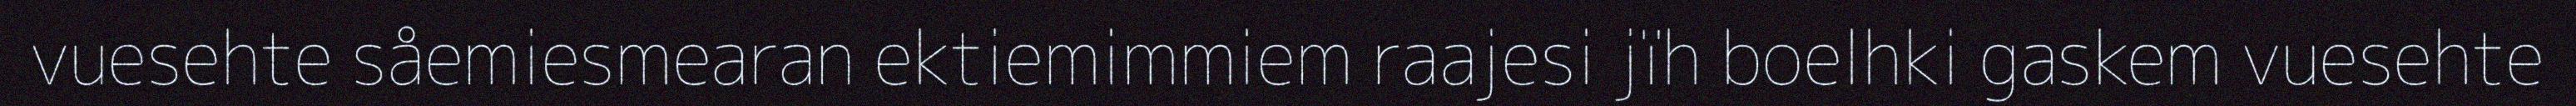
vuesehte såemiesmearan ektiemimmiem raajesi jïh boelhki gaskem vuesehte